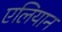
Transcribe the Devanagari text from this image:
एलियान